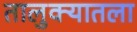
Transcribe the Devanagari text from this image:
तालुक्यातला